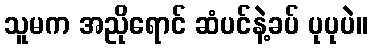
သူမက အညိုရောင် ဆံပင်နဲ့ခပ် ပုပုပဲ။